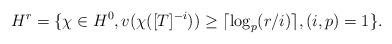
LaTeX: \begin{align*}H^r = \{ \chi \in H^0, v(\chi([T]^{-i})) \geq \lceil \log_p (r/i) \rceil, (i,p)=1 \}.\end{align*}